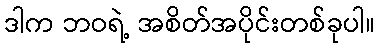
ဒါက ဘဝရဲ့ အစိတ်အပိုင်းတစ်ခုပါ။